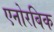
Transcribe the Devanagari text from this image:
एनोरबिक